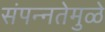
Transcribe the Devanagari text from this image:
संपन्नतेमुळे